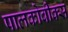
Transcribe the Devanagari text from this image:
पालकोवीक्स